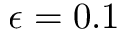
\epsilon = 0 . 1